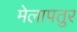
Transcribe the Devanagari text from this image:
मेलापतुर